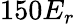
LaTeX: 150E_{r}